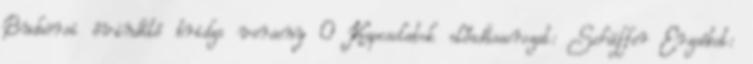
Budaörsi évindító bridzs verseny 0 Kapcsolatok előadássorozat: Schäffer Erzsébet: